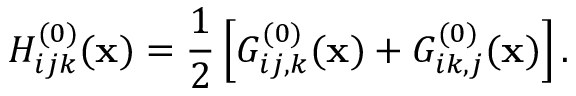
H _ { i j k } ^ { ( 0 ) } ( { \bf x } ) = \frac { 1 } { 2 } \left[ G _ { i j , k } ^ { ( 0 ) } ( { \bf x } ) + G _ { i k , j } ^ { ( 0 ) } ( { \bf x } ) \right] .